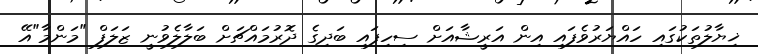
ޚިޔާލުތަކުގައި ހައްޔަރުވެފައި އިން އަރީޝާއަށް ސިހިފައި ބަދިގެ ދޮރުމައްޗަށް ބަލާލެވުނީ ޒަލަފް "މަންމާ"އޭ